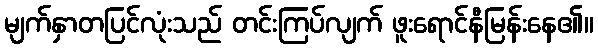
မျက်နှာတပြင်လုံးသည် တင်းကြပ်လျက် ဖူးရောင်နီမြန်းနေ၏။